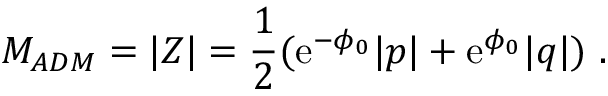
M _ { A D M } = | Z | = { \frac { 1 } { 2 } } ( { \mathrm { e } } ^ { - \phi _ { 0 } } | p | + { \mathrm { e } } ^ { \phi _ { 0 } } | q | ) \ .